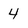
Character: 4